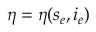
\eta = \eta ( s _ { e } , i _ { e } )